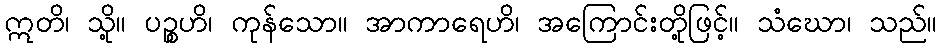
ဣတိ၊ သို့။ ပဉ္စဟိ၊ ကုန်သော။ အာကာရေဟိ၊ အကြောင်းတို့ဖြင့်။ သံဃော၊ သည်။